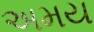
અમય